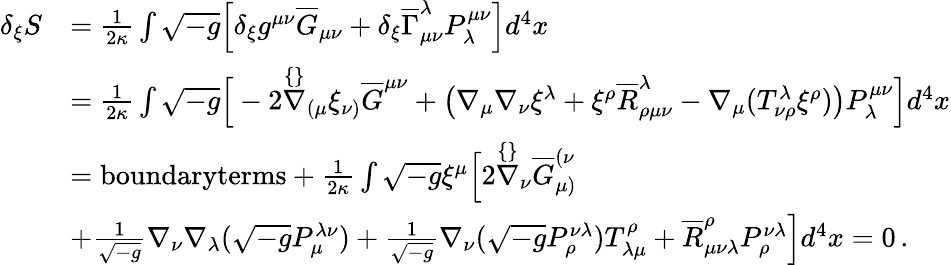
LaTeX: \begin{array}{rl}{\delta_{\xi}S}&{=\frac{1}{2\kappa}\int\sqrt{-g}\Big[\delta_{\xi}g^{\mu\nu}\overline{{G}}_{\mu\nu}+\delta_{\xi}\overline{{\Gamma}}_{\mu\nu}^{\lambda}P^{\mu\nu}_{\lambda}\Big]d^{4}x}\\ &{=\frac{1}{2\kappa}\int\sqrt{-g}\Big[-2\stackrel{\{ \} }{\nabla}_{(\mu}\xi_{\nu)}\overline{{G}}^{\mu\nu}+\big(\nabla_{\mu}\nabla_{\nu}\xi^{\lambda}+\xi^{\rho}\overline{{R}}_{\rho\mu\nu}^{\lambda}-\nabla_{\mu}(T^{\lambda}_{\nu\rho}\xi^{\rho})\big)P^{\mu\nu}_{\lambda}\Big]d^{4}x}\\ &{=\textrm{boundaryterms}+\frac{1}{2\kappa}\int\sqrt{-g}\xi^{\mu}\Big[2\stackrel{\{ \} }{\nabla}_{\nu}\overline{{G}}^{(\nu}_{\mu)}}\\ &{+\frac{1}{\sqrt{-g}}\nabla_{\nu}\nabla_{\lambda}(\sqrt{-g}P^{\lambda\nu}_{\mu})+\frac{1}{\sqrt{-g}}\nabla_{\nu}(\sqrt{-g}P^{\nu\lambda}_{\rho})T^{\rho}_{\lambda\mu}+\overline{{R}}_{\mu\nu\lambda}^{\rho}P^{\nu\lambda}_{\rho}\Big]d^{4}x=0\, .}\end{array}